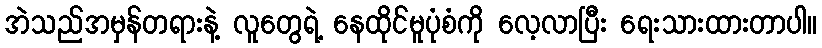
အဲသည်အမှန်တရားနဲ့ လူတွေရဲ့ နေထိုင်မူပုံစံကို လေ့လာပြီး ရေးသားထားတာပါ။